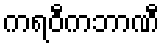
ကရဝီကဘာဏီ